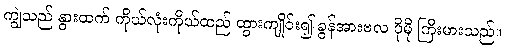
ကျွဲသည် နွားထက် ကိုယ်လုံးကိုယ်ထည် ထွားကျိုင်း၍ ခွန်အားဗလ ပိုမို ကြီးမားသည်။